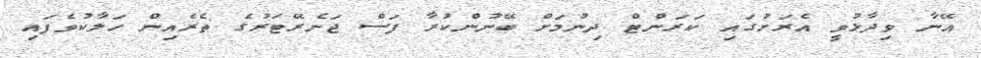
އޭނާ ވިދާޅުވީ އެރަށުގައި ކަރަންޓް ދިނުމަށް ބޭނުންކުރާ ފަސް ޖަނެރޭޓަރުގެ ތެރެއިން ހަލާކުވެފައި